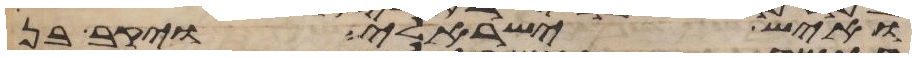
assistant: ואיש ישראלי ויקב בן